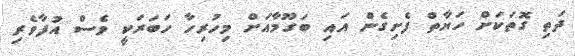
ދަތި ގޮތަކަށް ހަޔާތް ފެށިގެން އައި ބަގޫމާއަށް މިހުރިހާ ހަބަރަކީ ވެސް އުފާވެރި